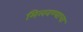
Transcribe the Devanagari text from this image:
मिलवण्याचा